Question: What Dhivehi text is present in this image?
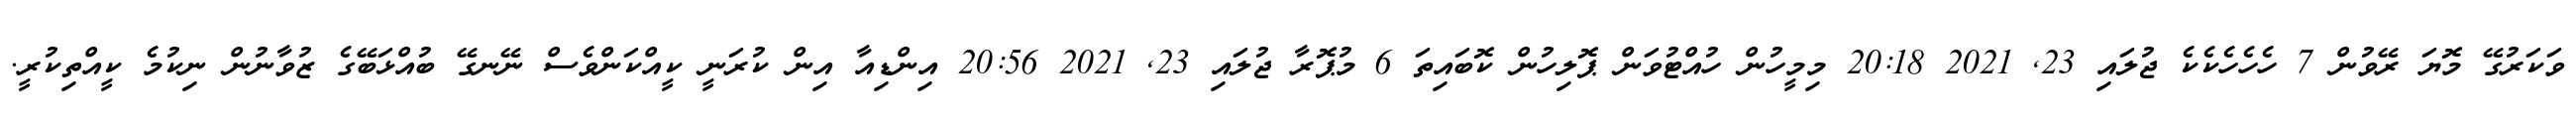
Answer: ވަކަރުގޭ މޮޔަ ރޭވުން 7 ހެހެހެކެކެ ޖުލައި 23, 2021 20:18 މިމީހުން ހުއްޓުވަން ޕޮލިހުން ކޮބައިތަ 6 މުޕޮރާ ޖުލައި 23, 2021 20:56 އިންޑިއާ އިން ކުރަނީ ކީއްކަންވެސް ނޭނގޭ ބުއްޅަބޭގެ ޒުވާނުން ނިކުމެ ކީއްތިކުރީ.